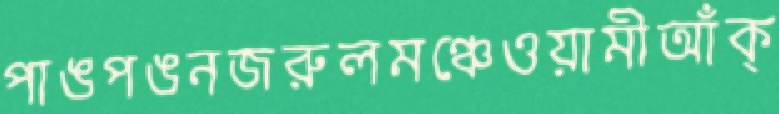
পাঙপঙনজরুলমঞ্চেওয়ামীআঁক্‌